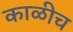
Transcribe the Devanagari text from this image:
काळीच